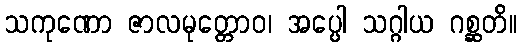
သကုဏော ဇာလမုတ္တောဝ၊ အပ္ပေါ သဂ္ဂါယ ဂစ္ဆတိ။